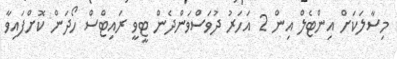
މިސާލަކަށް އިންޓެލް އިން 2 އަހަރު ދުވަސްވަންދެން ޓީވީ ރައިޓްސް ހޯދަން ކޮށްފައިވާ